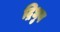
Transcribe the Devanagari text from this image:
द्रिधुव